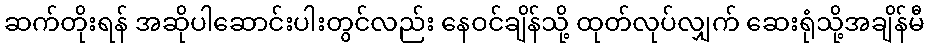
ဆက်တိုးရန် အဆိုပါဆောင်းပါးတွင်လည်း နေဝင်ချိန်သို့ ထုတ်လုပ်လျှက် ဆေးရုံသို့အချိန်မီ